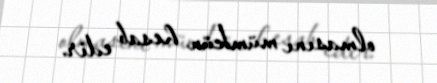
olmasını mümkün hesab edir.